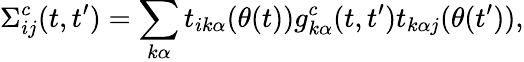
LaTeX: \Sigma_{ij}^{c}(t,t^{\prime})=\sum_{k\alpha}t_{ik\alpha}(\theta(t))g_{k\alpha}^{c}(t,t^{\prime})t_{k\alpha j}(\theta(t^{\prime})),